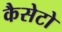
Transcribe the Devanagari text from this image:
कैसेटो